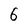
Character: 6